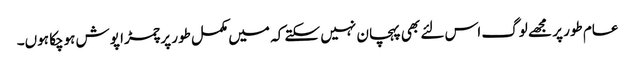
عام طور پر مجھے لوگ اس لئے بھی پہچان نہیں سکتے کہ میں مکمل طور پر چمڑا پوش ہوچکا ہوں۔